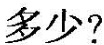
多少?